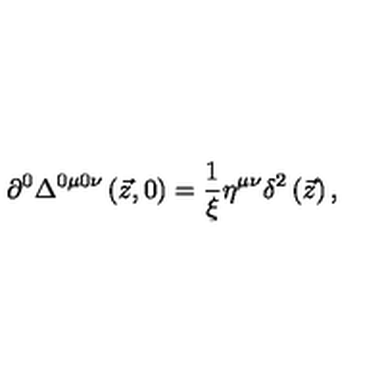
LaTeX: \partial ^ { 0 } \Delta ^ { 0 \mu 0 \nu } \left( \vec { z } , 0 \right) = \frac 1 \xi \eta ^ { \mu \nu } \delta ^ { 2 } \left( \vec { z } \right) ,